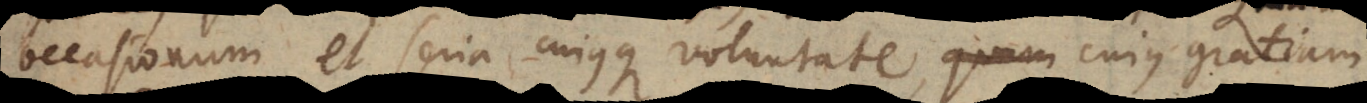
occasionum et seria cujusque voluntate, cujus gratiam